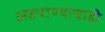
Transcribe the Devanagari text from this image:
अन्नपाण्याचाही